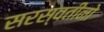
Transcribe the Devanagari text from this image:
सरस्वतीनो